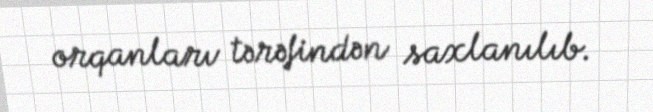
orqanları tərəfindən saxlanılıb.